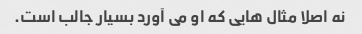
نه اصلا مثال هایی که او می آورد بسیار جالب است.